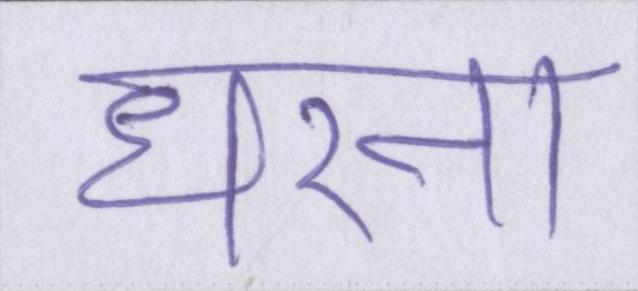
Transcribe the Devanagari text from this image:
धरना